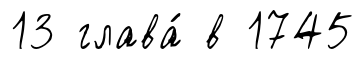
13 глава́ в 1745